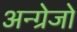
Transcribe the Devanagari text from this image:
अन्ग्रेजो